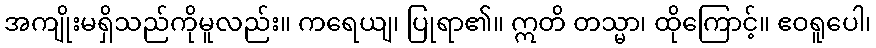
အကျိုးမရှိသည်ကိုမူလည်း။ ကရေယျ၊ ပြုရာ၏။ ဣတိ တသ္မာ၊ ထိုကြောင့်။ ဧဝရူပေါ၊